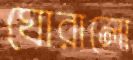
ঘোরালো